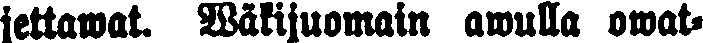
jettawat. Wäkijuomain awulla owat-